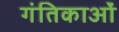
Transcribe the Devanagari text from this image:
गंतिकाओं